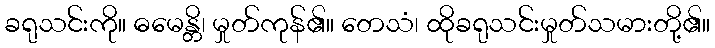
ခရုသင်းကို။ ဓမေန္တိ၊ မှုတ်ကုန်၏။ တေသံ၊ ထိုခရုသင်းမှုတ်သမားတို့၏။